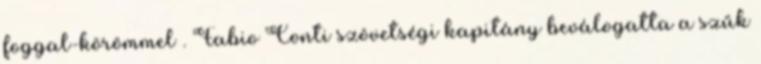
foggal-körömmel . Fabio Conti szövetségi kapitány beválogatta a szűk